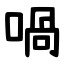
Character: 喎